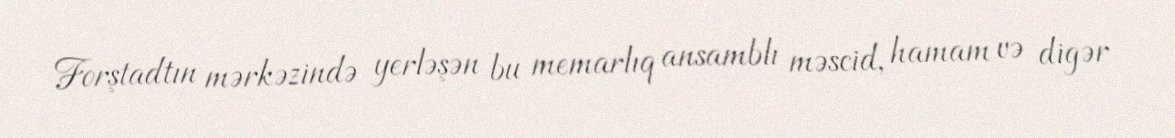
Forştadtın mərkəzində yerləşən bu memarlıq ansamblı məscid, hamam və digər